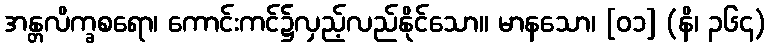
အန္တလိက္ခစရော၊ ကောင်းကင်၌လှည့်လည်နိုင်သော။ မာနသော၊ [၀၁] (နိ၊ ၃၆၄)